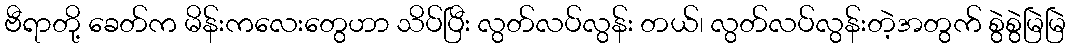
ဗီရာတို့ ခေတ်က မိန်းကလေးတွေဟာ သိပ်ပြီး လွတ်လပ်လွန်း တယ်၊ လွတ်လပ်လွန်းတဲ့အတွက် စွဲစွဲမြဲမြဲ